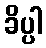
ခိပ္ပါ